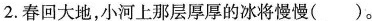
2.春回大地，小河上那层厚厚的冰将慢慢()。